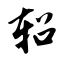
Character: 轺